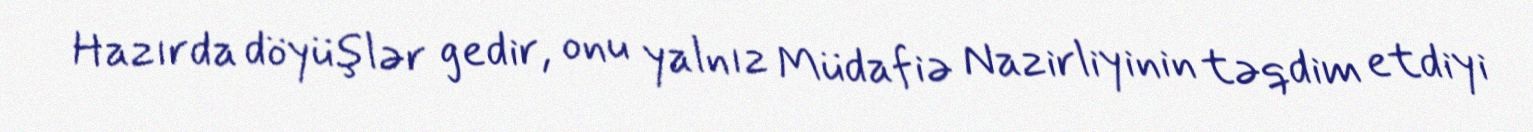
Hazırda döyüşlər gedir, onu yalnız Müdafiə Nazirliyinin təqdim etdiyi